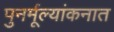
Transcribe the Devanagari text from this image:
पुनर्मूल्यांकनात